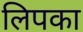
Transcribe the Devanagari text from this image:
लिपका